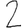
Digit: 2